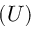
( U )